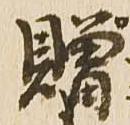
贈